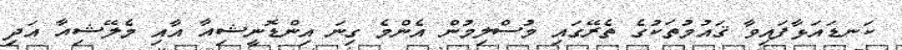
ކަނޑައަޅާފައިވާ ޤައުމުތަކުގެ ތެރޭގައި މުސްލިމުން އެންމެ ގިނަ އިންޑޮނީޝިއާ އާއި މެލޭޝިއާ އަދި